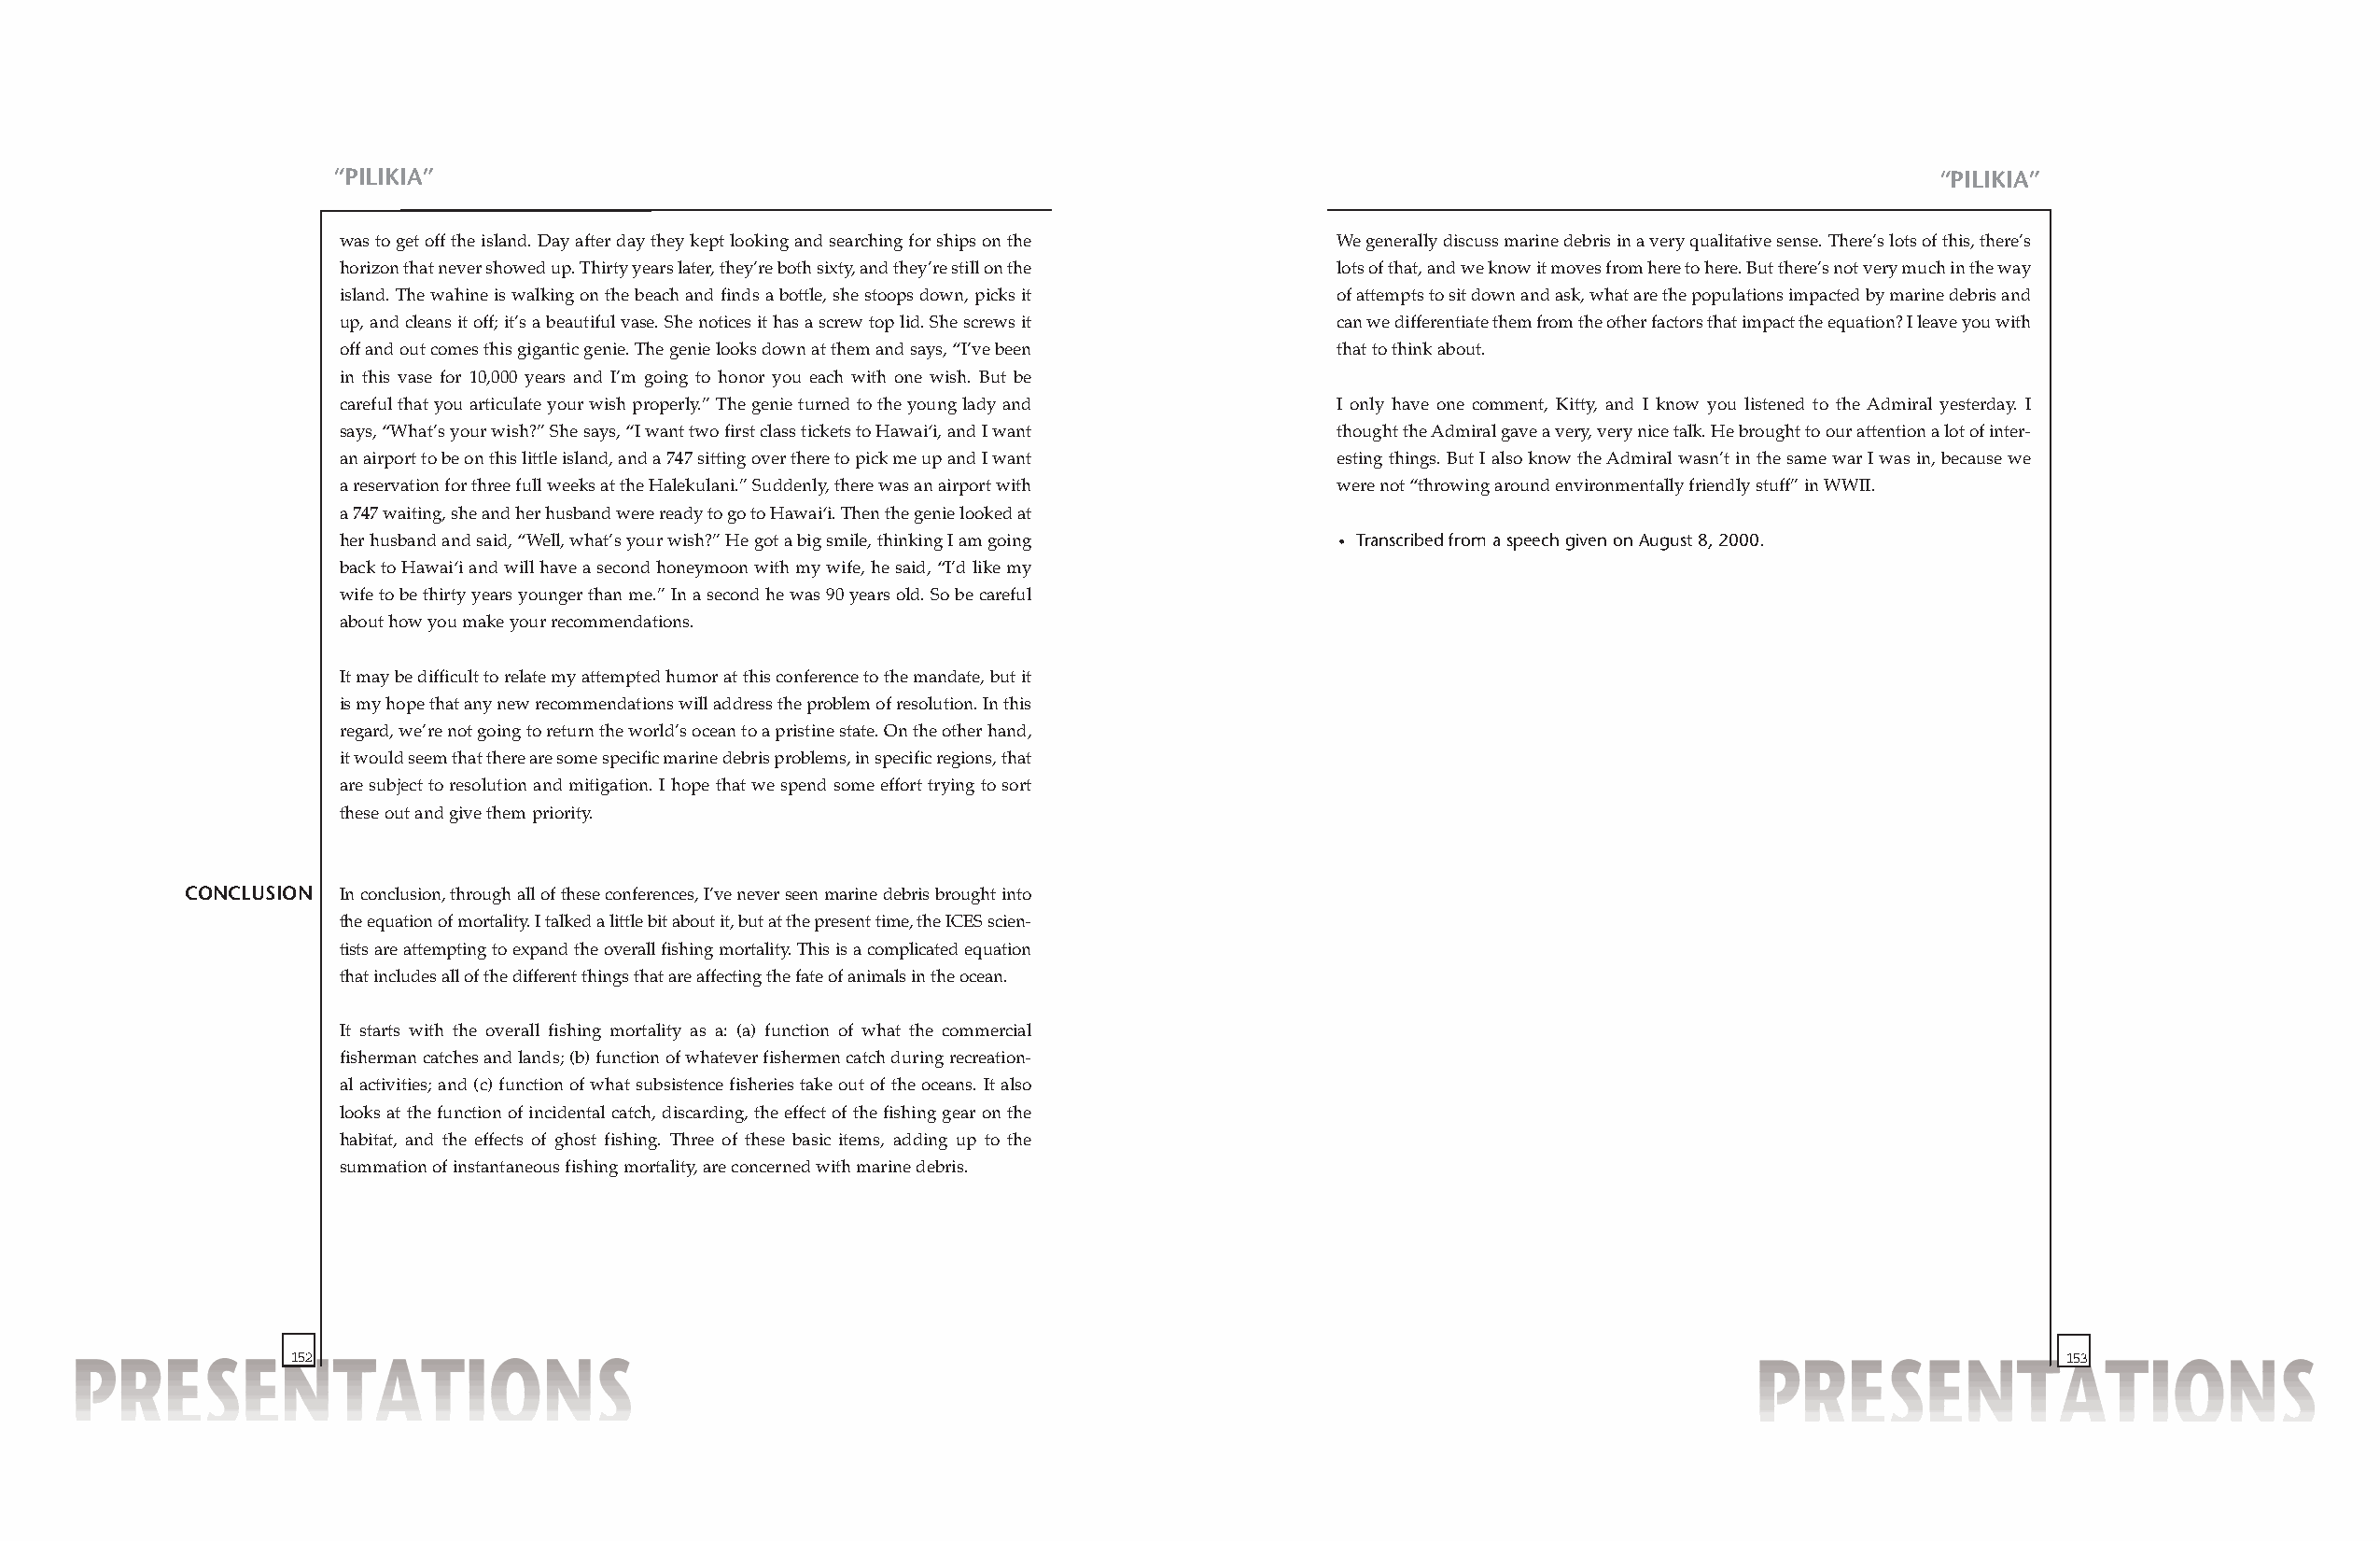
“PILIKIA”                                                                                                         “PILIKIA”
 was to get off the island. Day after day they kept looking and searching for ships on the We generally discuss marine debris in a very qualitative sense. There’s lots of this, there’s
 horizon that never showed up. Thirty years later, they’re both sixty, and they’re still on the lots of that, and we know it moves from here to here. But there’s not very much in the way
 island. The wahine is walking on the beach and finds a bottle, she stoops down, picks it of attempts to sit down and ask, what are the populations impacted by marine debris and
 up, and cleans it off; it’s a beautiful vase. She notices it has a screw top lid. She screws it can we differentiate them from the other factors that impact the equation? I leave you with
 off and out comes this gigantic genie. The genie looks down at them and says, “I’ve been that to think about.
 in this vase for 10,000 years and I’m going to honor you each with one wish. But be
 careful that you articulate your wish properly.” The genie turned to the young lady and I only have one comment, Kitty, and I know you listened to the Admiral yesterday. I
 says, “What’s your wish?” She says, “I want two first class tickets to Hawai‘i, and I want thought the Admiral gave a very, very nice talk. He brought to our attention a lot of inter-
 an airport to be on this little island, and a 747 sitting over there to pick me up and I want esting things. But I also know the Admiral wasn’t in the same war I was in, because we
 a reservation for three full weeks at the Halekulani.” Suddenly, there was an airport with were not “throwing around environmentally friendly stuff” in WWII.
 a 747 waiting, she and her husband were ready to go to Hawai‘i. Then the genie looked at
 her husband and said, “Well, what’s your wish?” He got a big smile, thinking I am going • Transcribed from a speech given on August 8, 2000.
 back to Hawai‘i and will have a second honeymoon with my wife, he said, “I’d like my
 wife to be thirty years younger than me.” In a second he was 90 years old. So be careful
 about how you make your recommendations.
 It may be difficult to relate my attempted humor at this conference to the mandate, but it
 is my hope that any new recommendations will address the problem of resolution. In this
 regard, we’re not going to return the world’s ocean to a pristine state. On the other hand,
 it would seem that there are some specific marine debris problems, in specific regions, that
 are subject to resolution and mitigation. I hope that we spend some effort trying to sort
 these out and give them priority.
 CONCLUSION In conclusion, through all of these conferences, I’ve never seen marine debris brought into
 the equation of mortality. I talked a little bit about it, but at the present time, the ICES scien-
 tists are attempting to expand the overall fishing mortality. This is a complicated equation
 that includes all of the different things that are affecting the fate of animals in the ocean.
 It starts with the overall fishing mortality as a: (a) function of what the commercial
 fisherman catches and lands; (b) function of whatever fishermen catch during recreation-
 al activities; and (c) function of what subsistence fisheries take out of the oceans. It also
 looks at the function of incidental catch, discarding, the effect of the fishing gear on the
 habitat, and the effects of ghost fishing. Three of these basic items, adding up to the
 summation of instantaneous fishing mortality, are concerned with marine debris.
 152                                                                                                                           153